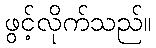
ဖွင့်လိုက်သည်။